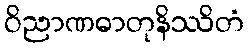
ဝိညာဏဓာတုနိဿိတံ